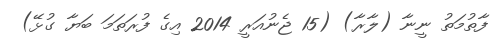
ފާތުމަތު ނީނާ (ލާރާ) (15 ޖެނުއަރީ 2014 އިގެ ފުރަތަމަ ބަޔާ ގުޅޭ)